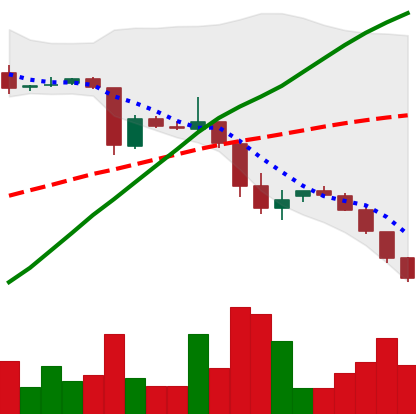
Ticker: DOGE-USD
Chart end date: 2018-10-25
Forward return: 3.578%
Label: up_3_5